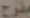
مفرح